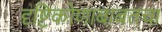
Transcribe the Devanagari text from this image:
दृष्टिकोणाबाबतचा